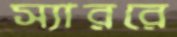
স্যাররে